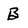
Character: B